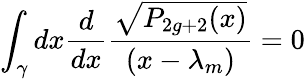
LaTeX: \int_{\gamma}dx{\frac{d}{dx}}{\frac{\sqrt{P_{2g+2}(x)}}{(x-\lambda_{m})}}=0